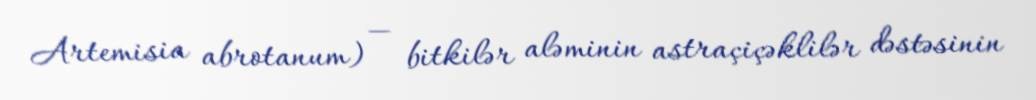
Artemisia abrotanum) — bitkilər aləminin astraçiçəklilər dəstəsinin